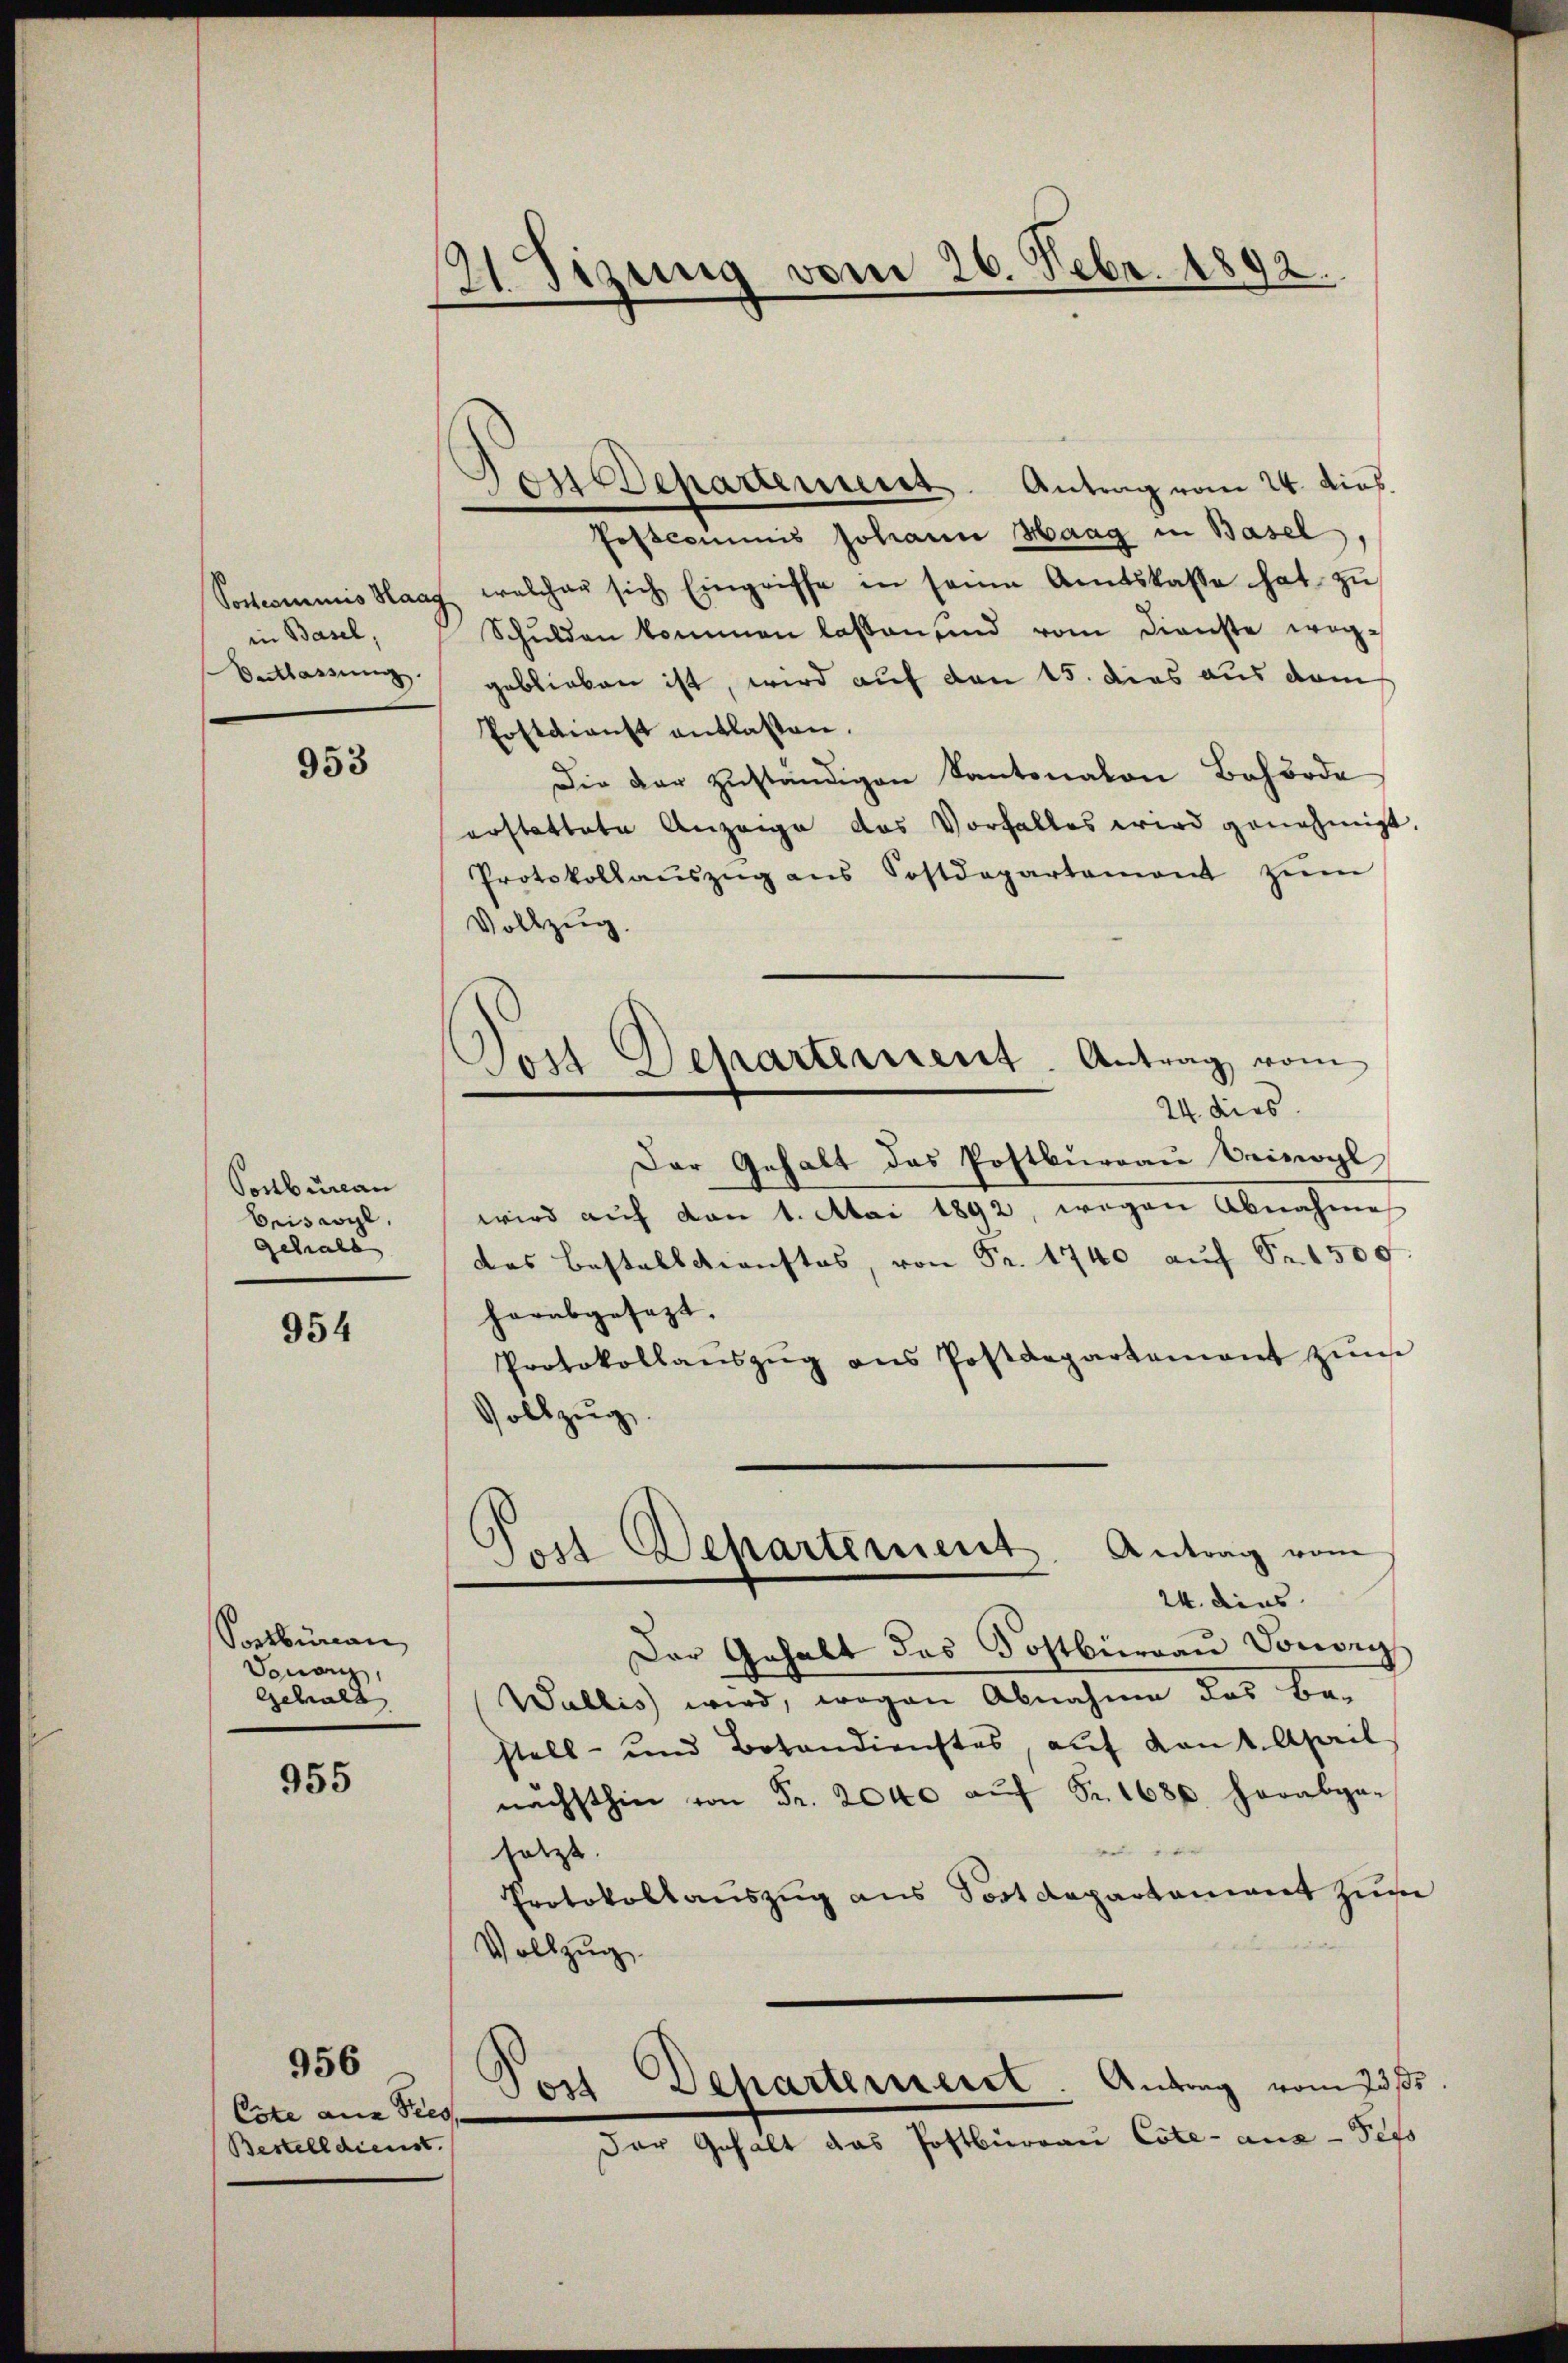
in Basel,
Betartung.

953

Ponbureau
briswyl,
gehalt

954

Sontbüreau
Donau,
Gehalt

955

Cste aus Ties
Bestelldienst.

956

Tizung vom 26. Febr. 1892.
d

Fendepartement. Antrag vom 24. dies

.
Tost Departement. Antrag vom

Postcommis Johann Haag in Basel
Soscommis Haag, welcher sich Eingriffe in seine Amtskasse hat zŭ
Schŭlden kommen lassen sind vom Dienste weggeblieben ist, wird auf den 15. dies aus dem
Postdienst entlassen.
Die der zuständigen Kantonalen Behörde
erstattete Anzeige das Vorfalles wird genehmigt.
Protokollaŭszŭg ans Postdepartement zŭm
Vollzug.
24. dies
Der Gehalt das Postburgau Beivogl
wird auf von 1. Mai 1892, wegen Abnahme
das Bestalldienstes, von Fr. 1740 aŭf Fr. 509.
herabgesezt.
Protokollaŭszŭg ans Postdepartement zŭm
Vollzug.
s
Jost Departement Antrag vom
24. dies
Der Gehalt das Kostbüreau Vorony
Wallis wird, wegen Abnahme das bestell- und Botandienstes, aŭf kant. April
nächsthin von Fr. 2040 aŭf Fr. 1680. herabga-
e
setzt.
Protokollauszug aus Postdepartament zum
Vollzug
Departernerst Antrag vom 23 s.
o
Der Gehalt das Postbureau Cote - aus - Sefo